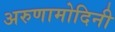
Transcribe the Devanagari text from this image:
अरुणामोदिनी